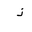
Letter: _thal